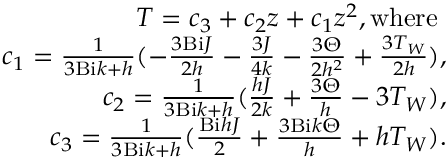
\begin{array} { r } { T = c _ { 3 } + c _ { 2 } z + c _ { 1 } z ^ { 2 } , \mathrm { w h e r e } \ } \\ { c _ { 1 } = \frac { 1 } { 3 \mathrm { B i } k + h } ( - \frac { 3 \mathrm { B i } J } { 2 h } - \frac { 3 J } { 4 k } - \frac { 3 \Theta } { 2 h ^ { 2 } } + \frac { 3 T _ { W } } { 2 h } ) , } \\ { c _ { 2 } = \frac { 1 } { 3 \mathrm { B i } k + h } ( \frac { h J } { 2 k } + \frac { 3 \Theta } { h } - 3 T _ { W } ) , } \\ { c _ { 3 } = \frac { 1 } { 3 \mathrm { B i } k + h } ( \frac { \mathrm { B i } h J } { 2 } + \frac { 3 \mathrm { B i } k \Theta } { h } + h T _ { W } ) . } \end{array}